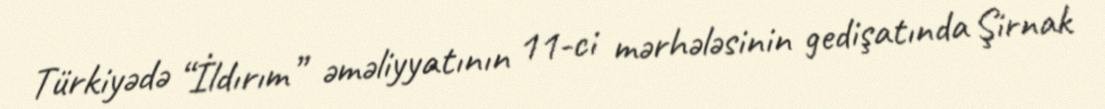
Türkiyədə “İldırım” əməliyyatının 11-ci mərhələsinin gedişatında Şirnak